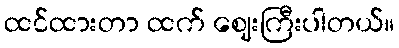
ထင်ထားတာ ထက် ဈေးကြီးပါတယ်။